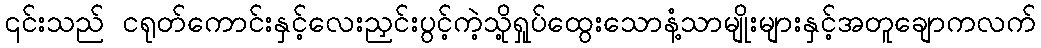
၎င်းသည် ငရုတ်ကောင်းနှင့်လေးညှင်းပွင့်ကဲ့သို့ရှုပ်ထွေးသောနံ့သာမျိုးများနှင့်အတူချောကလက်